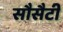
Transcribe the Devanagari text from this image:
सौसैटी